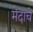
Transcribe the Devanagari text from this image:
मेदाचे